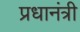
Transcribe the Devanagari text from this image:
प्रधानंत्री